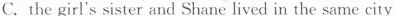
C.the girl's sister and Shane lived in the same city